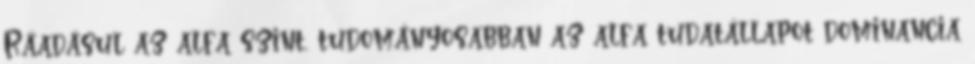
Ráadásul az alfa szint, tudományosabban az alfa tudatállapot dominancia